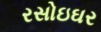
રસોઇઘર